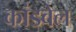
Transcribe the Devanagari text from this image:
कांडवेल